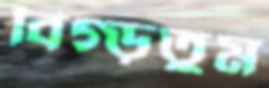
বিগ্‌ড়তুম